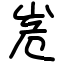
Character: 峞